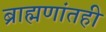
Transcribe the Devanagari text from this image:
ब्राह्मणांतही